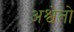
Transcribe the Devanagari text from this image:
अश्वेतो